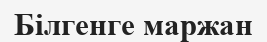
Білгенге маржан